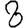
Digit: 3